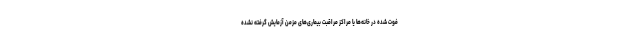
فوت شده در خانه‌ها یا مراکز مراقبت بیماری‌های مزمن آزمایش گرفته نشده